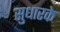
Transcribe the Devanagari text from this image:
सुधारके